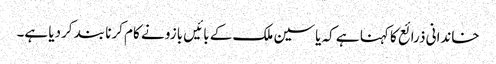
خاندانی ذرائع کا کہنا ہے کہ یاسین ملک کے بائیں بازو نے کام کرنا بند کردیا ہے۔